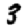
Digit: 3